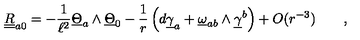
\underline { { \underline { R } } } _ { a 0 } = - \frac 1 { \ell ^ { 2 } } \underline { { \Theta } } _ { a } \wedge \underline { { \Theta } } _ { 0 } - { \frac { 1 } { r } } \left( d \underline { { \gamma } } _ { a } + \underline { { \omega } } _ { a b } \wedge \underline { { \gamma } } ^ { b } \right) + O ( r ^ { - 3 } ) \qquad ,